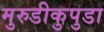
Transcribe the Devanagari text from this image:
मुरुडीकुपुडा